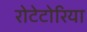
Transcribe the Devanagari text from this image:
रोटेटोरिया